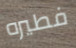
فطيره